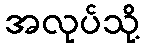
အလုပ်သို့